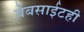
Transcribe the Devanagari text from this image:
वेबसाईटही